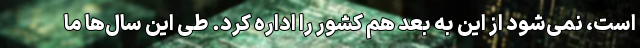
است، نمی‌شود از این به بعد هم کشور را اداره کرد. طی این سال‌ها ما